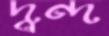
দ্বন্দ